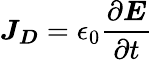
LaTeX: {\boldsymbol{J_{D}}}=\epsilon_{0}{\frac{\partial{\boldsymbol{E}}}{\partial t}}